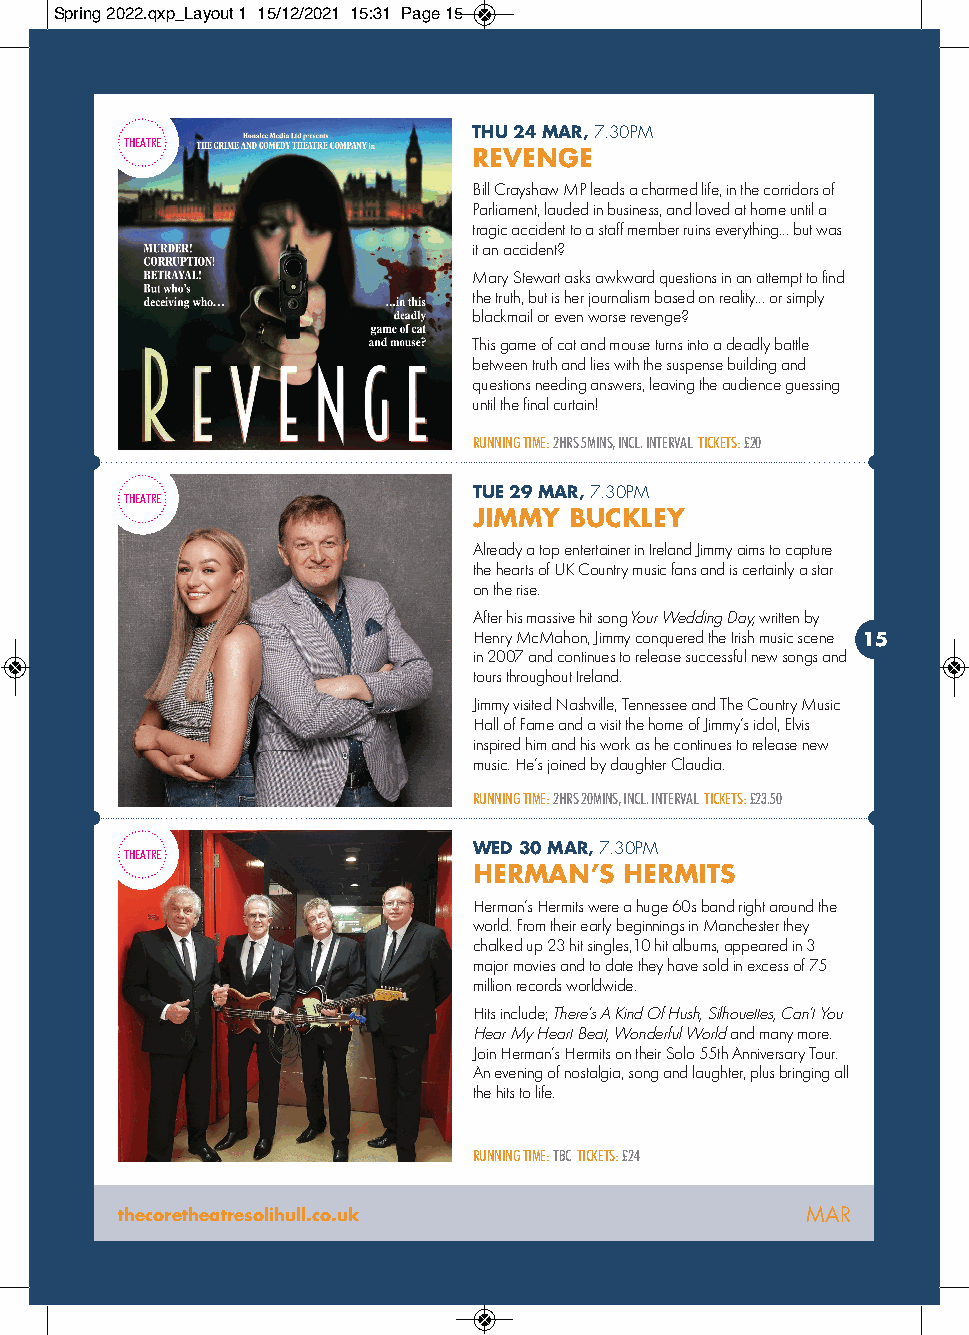
Spring 2022.qxp_Layout 1 15/12/2021 15:31 Page 15
 THU 24 MAR,7.30PM
 THEATRE
 REVENGE
 Bill Crayshaw MP leads a charmed life, in the corridors of
 Parliament, lauded in business, and loved at home until a
 tragic accident to a staff member ruins everything... but was
 it an accident?
 Mary Stewart asks awkward questions in an attempt to find
 the truth, but is her journalism based on reality... or simply
 blackmail or even worse revenge?
 This game of cat and mouse turns into a deadly battle
 between truth and lies with the suspense building and
 questions needing answers, leaving the audience guessing
 until the final curtain!
 RUNNING TIME:2HRS 5MINS, INCL. INTERVAL TICKETS:£20
 TUE 29 MAR,7.30PM
 THEATRE
 JIMMY  BUCKLEY
 Already a top entertainer in Ireland Jimmy aims to capture
 the hearts of UK Country music fans and is certainly a star
 on the rise.
 After his massive hit songYour Wedding Day,written by
 Henry McMahon, Jimmy conquered the Irish music scene
 15
 in 2007 and continues to release successful new songs and
 tours throughout Ireland.
 Jimmy visited Nashville, Tennessee and The Country Music
 Hall of Fame and a visit the home of Jimmy’s idol, Elvis
 inspired him and his work as he continues to release new
 music. He’s joined by daughter Claudia.
 RUNNING TIME: 2HRS 20MINS, INCL. INTERVAL TICKETS: £23.50
 THEATRE                WED 30 MAR,7.30PM
 HERMAN’S  HERMITS
 Herman’s Hermits were a huge 60s band right around the
 world. From their early beginnings in Manchester they
 chalked up 23 hit singles,10 hit albums, appeared in 3
 major movies and to date they have sold in excess of 75
 million records worldwide.
 Hits include; There’s A Kind Of Hush, Silhouettes, Can’t You
 Hear My Heart Beat, Wonderful World and many more.
 Join Herman’s Hermits on their Solo 55th Anniversary Tour.
 An evening of nostalgia, song and laughter, plus bringing all
 the hits to life.
 RUNNING TIME:TBC TICKETS:£24
 thecoretheatresolihull.co.uk                 MAR